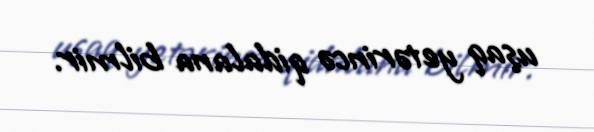
uşaq yetərincə qidalana bilmir.